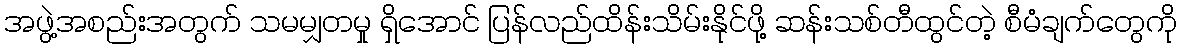
အဖွဲ့အစည်းအတွက် သမမျှတမှု ရှိအောင် ပြန်လည်ထိန်းသိမ်းနိုင်ဖို့ ဆန်းသစ်တီထွင်တဲ့ စီမံချက်တွေကို